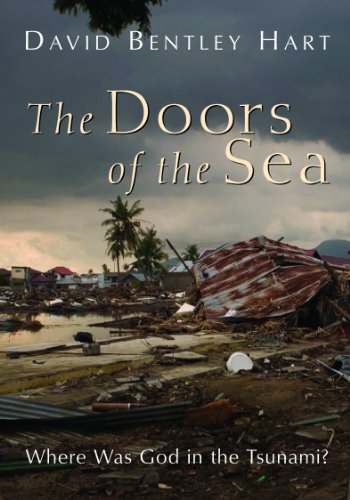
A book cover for The Doors of the Sea: Where Was God in the Tsunami?; David Bentley Hart; Christian Books & Bibles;